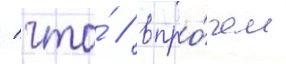
/ что́ / впро́чем